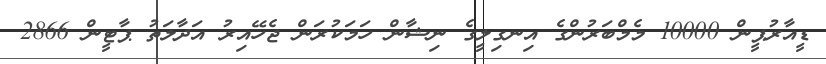
ޑީއާރުޕީން 10000 މެމްބަރުންގެ އިނގިލީގެ ނިޝާން ހަމަކުރަން ޖެހޭއިރު އަދާލަތު ޕާޓީން 2866